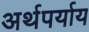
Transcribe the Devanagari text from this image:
अर्थपर्याय